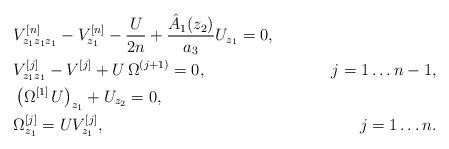
LaTeX: \begin{align*}& V^{[n]}_{z_1z_1z_1}- V^{[n]}_{ z_1}-\frac{U}{2n}+\frac{\hat A_1(z_2)}{a_3}U_{z_1}=0, &\\& V^{[j]}_{z_1z_1}-V^{[j]}+U\,\Omega^{(j+1)}=0,& j=1\dots n-1,\\& \left(\Omega^{[1]}\,U\right)_{z_1}+U_{z_2}=0, &\\& \Omega^{[j]}_{z_1}=UV^{[j]}_{z_1},& j=1\dots n.\end{align*}